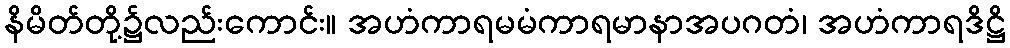
နိမိတ်တို့၌လည်းကောင်း။ အဟံကာရမမံကာရမာနာအပဂတံ၊ အဟံကာရဒိဋ္ဌိ